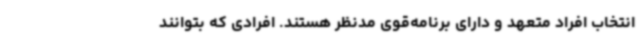
انتخاب افراد متعهد و دارای برنامه‌قوی مدنظر هستند. افرادی که بتوانند